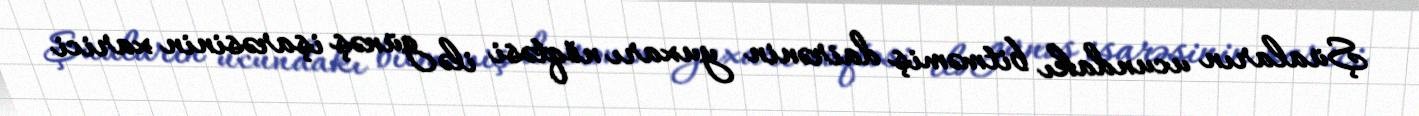
Şüaların ucundakı bitməmiş dairənin yuxarı nöqtəsi ilə günəş işarəsinin xarici